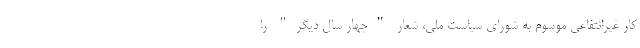
کار غیرانتفاعی موسوم به شورای سیاست ملی، شعار "چهار سال دیگر" را